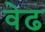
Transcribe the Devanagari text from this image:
वेढ